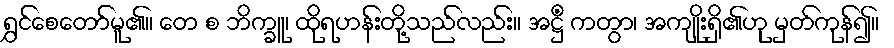
ရွှင်စေတော်မူ၏။ တေ စ ဘိက္ခူ၊ ထိုရဟန်းတို့သည်လည်း။ အဋ္ဌိံ ကတွာ၊ အကျိုးရှိ၏ဟု မှတ်ကုန်၍။